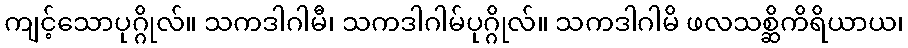
ကျင့်သောပုဂ္ဂိုလ်။ သကဒါဂါမီ၊ သကဒါဂါမ်ပုဂ္ဂိုလ်။ သကဒါဂါမိ ဖလသစ္ဆိကိရိယာယ၊